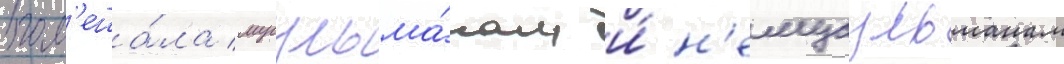
пом'еша́ла мусульма́нам и́ н'емусульманам